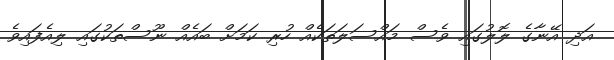
އަދި އޭނާގެ ލޮލުގައި ވެސް މައްސަލަތަކެއް ހުރި ކަމަށް ބައެއް ނޫސްތަކުުގައި ލިއެފައިވެ